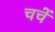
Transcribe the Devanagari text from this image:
चचें